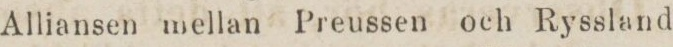
Alliansen mellan Preussen och Ryssland